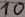
Text: 10